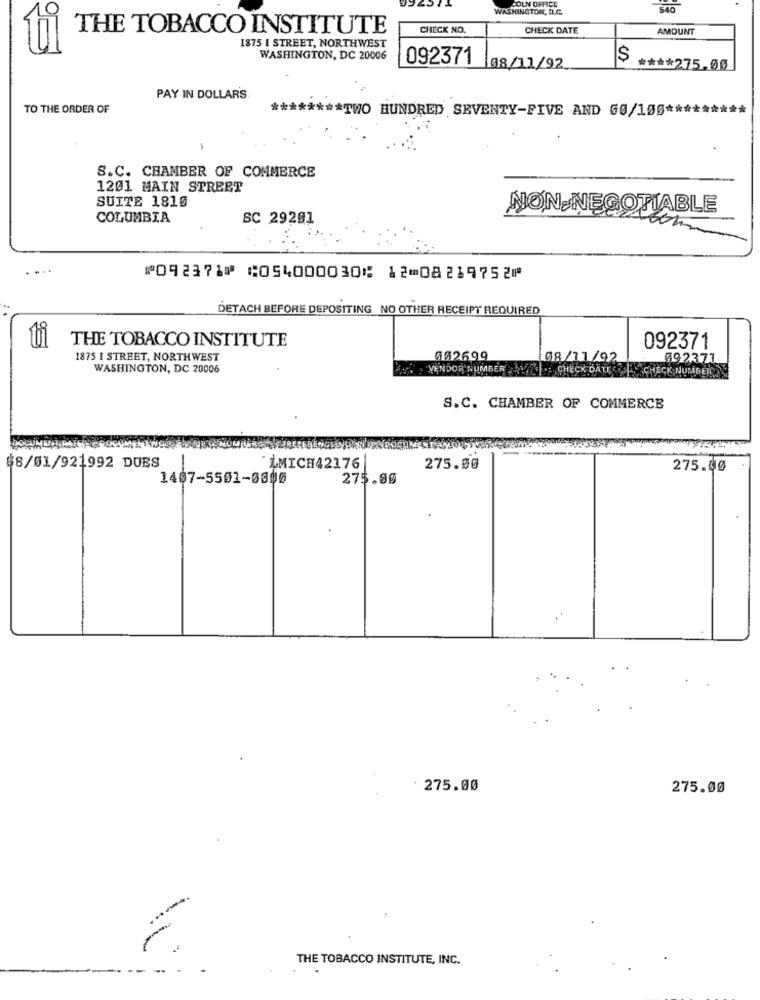
WASHINGTON, D.C.
540
THE TOBACCO INSTITUTE
CHECK NO.
CHECK DATE
AMOUNT
1875 | STREET, NORTHWEST
WASHINGTON, DC 20006
092371
08/11/92
**** 275.00
PAY IN DOLLAR'S
TO THE ORDER OF
******** TWO HUNDRED SEVENTY-FIVE AND 60/100 **
S.C. CHAMBER OF COMMERCE
1201 MAIN STREET
SUITE 1815
NON NEGOTIABLE
COLUMBIA
SC 29201
⑈092371⑈ ⑆054000030⑆ 12⑉08219752⑈
DETACH BEFORE DEPOSITING NO OTHER RECEIPT REQUIRED
THE TOBACCO INSTITUTE
ti
092371
1875 I STREET, NORTHWEST
002699
08/11/92
092371
WASHINGTON, DC 20006
VENDOR NUMBER 1. CHECK DATECHECK NUMBER
S.C. CHAMBER OF COMMERCE
$8/01/921992 DURS
LMICH42176
275.00
275.00
1407-5501-0395
275.00
· 275.00
275.00
-
THE TOBACCO INSTITUTE, INC.